Annual administration report of the Civil Veterinary Department of India - 1893-1894
Year: 1893
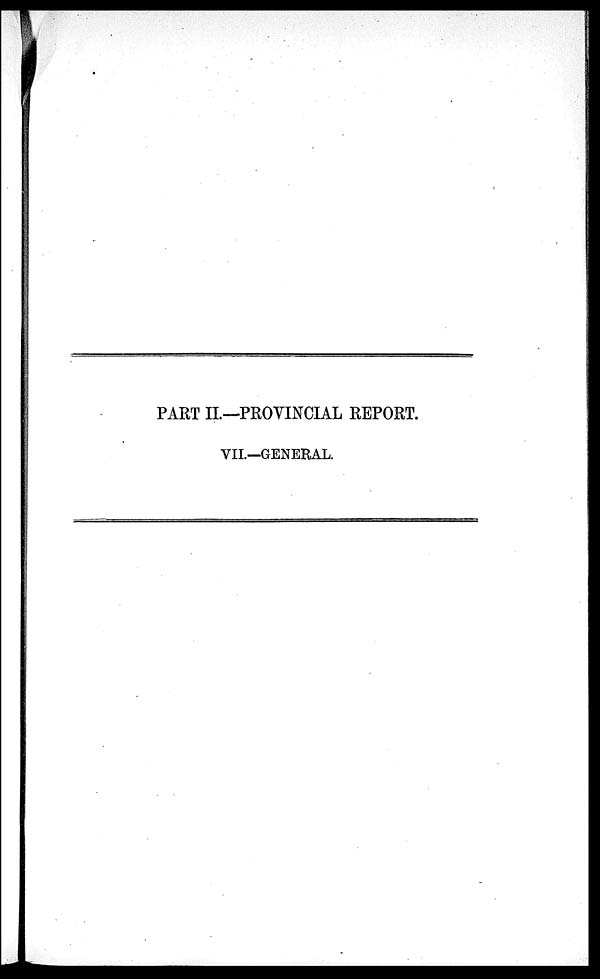
PART II.—PROVINCIAL REPORT.
VII.—GENERAL.